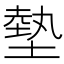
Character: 𫮛